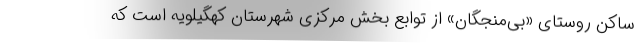
ساکن روستای «بی‌منجگان» از توابع بخش مرکزی شهرستان کهگیلویه است که